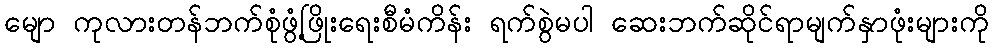
မျော ကုလားတန်ဘက်စုံဖွံ့ဖြိုးရေးစီမံကိန်း ရက်စွဲမပါ ဆေးဘက်ဆိုင်ရာမျက်နှာဖုံးများကို